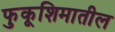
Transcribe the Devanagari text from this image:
फुकूशिमातील